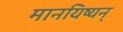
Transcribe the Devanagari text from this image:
मानयिष्यन्